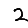
Digit: 2